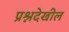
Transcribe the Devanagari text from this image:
प्रश्नदेखील